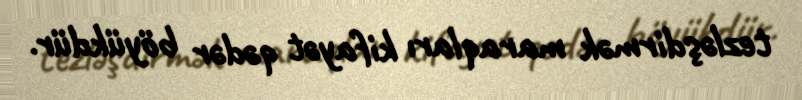
tezləşdirmək maraqları kifayət qədər böyükdür.